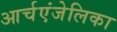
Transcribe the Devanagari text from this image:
आर्चएंजेलिका